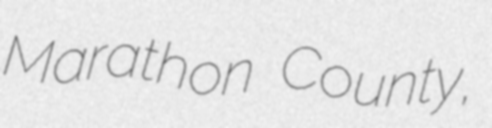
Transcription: Marathon County,